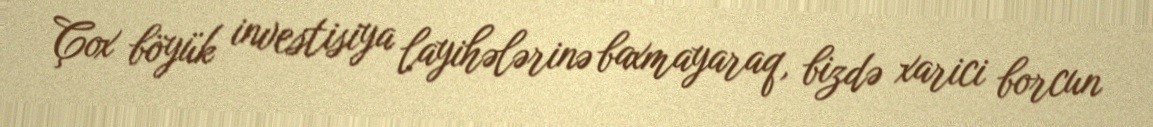
Çox böyük investisiya layihələrinə baxmayaraq, bizdə xarici borcun